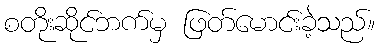
စတိုးဆိုင်ဘက်မှ ဖြတ်မောင်းခဲ့သည်။